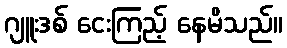
ဂျူးဒစ် ငေးကြည့် နေမိသည်။